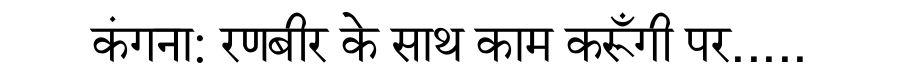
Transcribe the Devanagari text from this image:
कंगना: रणबीर के साथ काम करूँगी पर.....